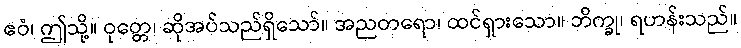
ဧဝံ၊ ဤသို့။ ဝုတ္တေ၊ ဆိုအပ်သည်ရှိသော်။ အညတရော၊ ထင်ရှားသော။ ဘိက္ခု၊ ရဟန်းသည်။